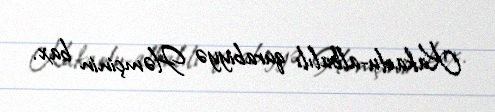
Kakaolu-albalılı qurabiyyə Həmçinin bax.